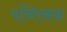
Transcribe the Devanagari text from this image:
पब्लिकफ़